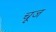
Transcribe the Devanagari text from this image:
चूज